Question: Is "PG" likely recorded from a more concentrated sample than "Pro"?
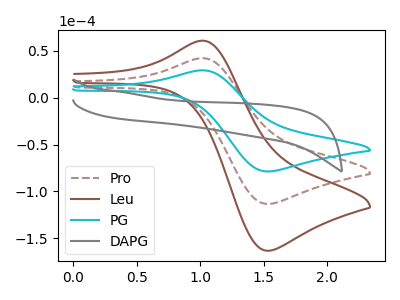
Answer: <think>The brown dashed curve "Pro" has an anodic peak at (1.00V, 42.35uA) and a cathodic peak at (1.55V, -113.30uA). The brown curve "Leu" has an anodic peak at (1.00V, 84.65uA) and a cathodic peak at (1.55V, -226.60uA). The cyan curve "PG" has an anodic peak at (1.00V, 29.35uA) and a cathodic peak at (1.55V, -78.60uA). The gray curve "DAPG" has no peaks.
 All the peaks in "PG" have a peak in "Pro" at the same potential. Every peak in "PG" is lower than every peak in "Pro".</think>
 <answer>"PG" has less signal than "Pro".</answer>
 <eval>less_signal</eval>